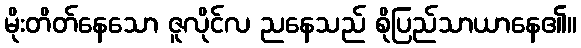
မိုးတိတ်နေသော ဇူလိုင်လ ညနေသည် စိုပြည်သာယာနေ၏။